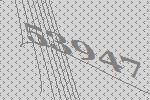
53947